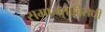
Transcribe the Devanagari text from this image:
समानताविरोधी